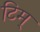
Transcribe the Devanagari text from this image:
टिम्